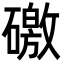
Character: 礉